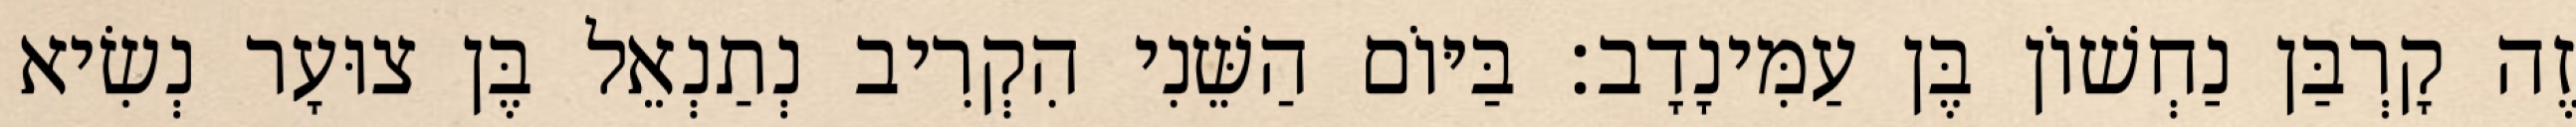
זֶה קָרְבַּן נַחְשׁוֹן בֶּן עַמִּינָדָב׃ בַּיּוֹם הַשֵּׁנִי הִקְרִיב נְתַנְאֵל בֶּן צוּעָר נְשִׂיא